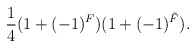
\begin{align*}\frac{1}{4}(1+(-1)^{F})(1+(-1)^{\tilde{F}}).\end{align*}